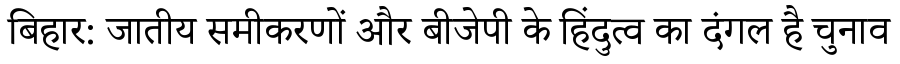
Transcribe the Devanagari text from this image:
बिहार: जातीय समीकरणों और बीजेपी के हिंदुत्व का दंगल है चुनाव